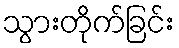
သွားတိုက်ခြင်း